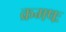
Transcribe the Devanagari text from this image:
क्रमषः